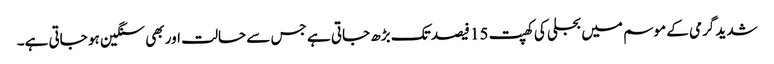
شدید گرمی کے موسم میں بجلی کی کھپت 15 فیصد تک بڑھ جاتی ہے جس سے حالت اور بھی سنگین ہو جاتی ہے۔